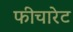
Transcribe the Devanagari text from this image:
फीचारेट